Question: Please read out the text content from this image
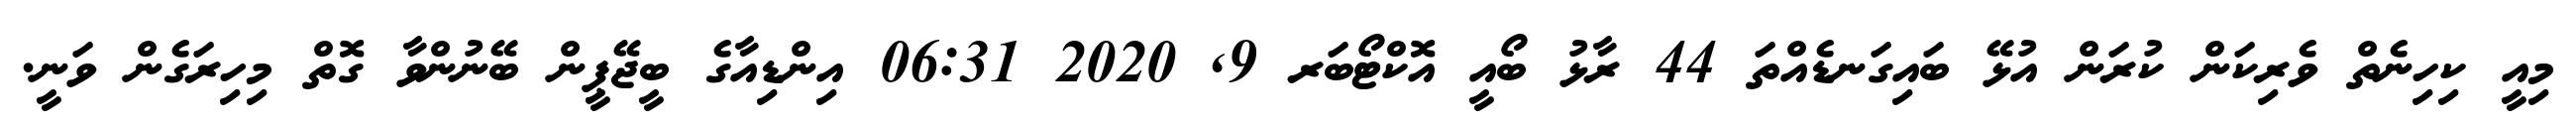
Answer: މިއީ ކިހިނެތް ވެރިކަން ކުރަން އުޅޭ ބައިގަނޑެއްތަ 44 ރާޅު ބޯއީ އޮކްޓޯބަރ 9, 2020 06:31 އިންޑިއާގެ ބީޖޭޕީން ބޭނުންވާ ގޮތް މިހިރަގެން ވަނީ.